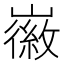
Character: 𫶛